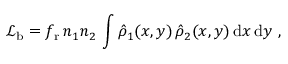
{ \mathcal L } _ { \mathrm b } = f _ { \mathrm r } \, n _ { 1 } n _ { 2 } \, \int { \hat { \rho } _ { 1 } ( x , y ) } \, \hat { \rho } _ { 2 } ( x , y ) \, \mathrm { d } x \, \mathrm { d } y ~ ,